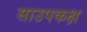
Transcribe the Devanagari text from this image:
साउपकक्ष